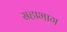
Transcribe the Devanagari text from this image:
सहाभाग